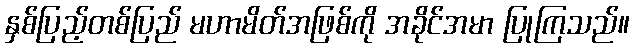
နှစ်ပြည့်တစ်ပြည် မဟာမိတ်အဖြစ်ကို အခိုင်အမာ ပြုကြသည်။